Report on vaccination in the Province of Bengal - 1874-1889
Year: 1874
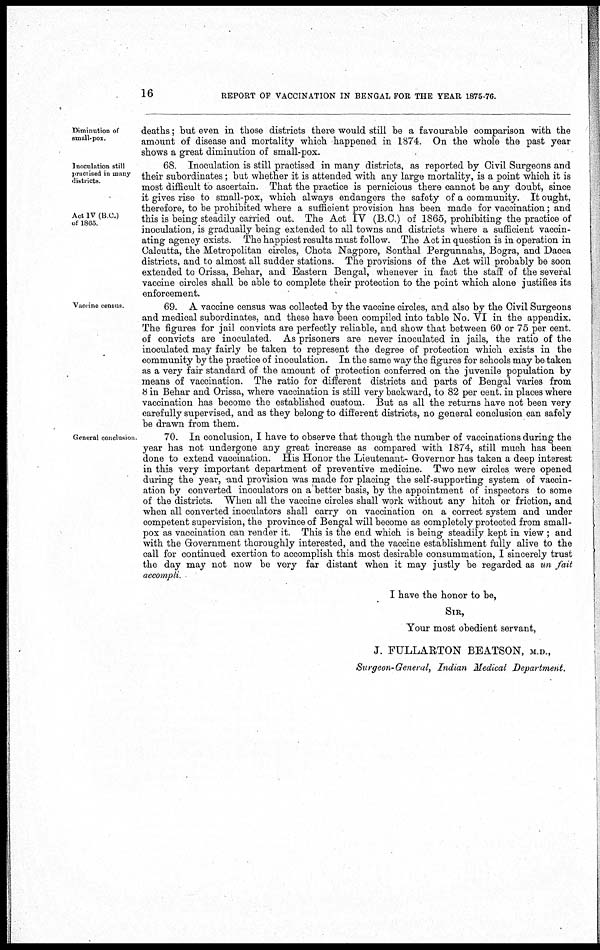
16
REPORT OF VACCINATION IN BENGAL FOR THE YEAR 1875-76.
Diminution of
small-pox.
deaths; but even in those districts there would still be a favourable comparison with the
amount of disease and mortality which happened in 1874. On the whole the past year
shows a great diminution of small-pox.
Inoculation still
practised in many
districts
Act IV (B.C.)
of 1865
68. Inoculation is still practised in many districts, as reported by Civil Surgeons and
their subordinates; but whether it is attended with any large mortality, is a point which it is
most difficult to ascertain. That the practice is pernicious there cannot be any doubt, since
it gives rise to small-pox, which always endangers the safety of a community. It ought,
therefore, to be prohibited where a sufficient provision has been made for vaccination; and
this is being steadily carried out. The Act IV (B.C.) of 1865, prohibiting the practice of
inoculation, is gradually being extended to all towns and districts where a sufficient vaccin-
ating agency exists. The happiest results must follow. The Act in question is in operation in
Calcutta, the Metropolitan circles, Chota Nagpore, Sonthal Pergunnahs, Bogra, and Dacca
districts, and to almost all sudder stations. The provisions of the Act will probably be soon
extended to Orissa, Behar, and Eastern Bengal, whenever in fact the staff of the several
vaccine circles shall be able to complete their protection to the point which alone justifies its
enforcement.
Vaccine census.
69. A vaccine census was collected by the vaccine circles, and also by the Civil Surgeons
and medical subordinates, and these have been compiled into table No. VI in the appendix.
The figures for jail convicts are perfectly reliable, and show that between 60 or 75 per cent.
of convicts are inoculated. As prisoners are never inoculated in jails, the ratio of the
inoculated may fairly be taken to represent the degree of protection which exists in the
community by the practice of inoculation. In the same way the figures for schools may be taken
as a very fair standard of the amount of protection conferred on the juvenile population by
means of vaccination. The ratio for different districts and parts of Bengal varies from
8 in Behar and Orissa, where vaccination is still very backward, to 82 per cent. in places where
vaccination has become the established custom. But as all the returns have not been very
carefully supervised, and as they belong to different districts, no general conclusion can safely
be drawn from them.
General conclusion.
70. In conclusion, I have to observe that though the number of vaccinations during the
year has not undergone any great increase as compared with 1874, still much has been
done to extend vaccination. His Honor the Lieutenant- Governor has taken a deep interest
in this very important department of preventive medicine. Two new circles were opened
during the year, and provision was made for placing the self-supporting system of vaccin-
ation by converted inoculators on a better basis, by the appointment of inspectors to some
of the districts. When all the vaccine circles shall work without any hitch or friction, and
when all converted inoculators shall carry on vaccination on a correct system and under
competent supervision, the province of Bengal will become as completely protected from small-
pox as vaccination can render it. This is the end which is being steadily kept in view ; and
with the Government thoroughly interested, and the vaccine establishment fully alive to the
call for continued exertion to accomplish this most desirable consummation, I sincerely trust
the day may not now be very far distant when it may justly be regarded as un fait
accompli.
I have the honor to be,
SIR,
Your most obedient servant,
J. FULLARTON BEATSON, M.D.,
Surgeon-General, Indian Medical Department.